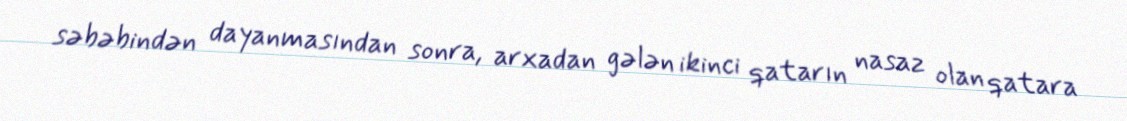
səbəbindən dayanmasından sonra, arxadan gələn ikinci qatarın nasaz olan qatara